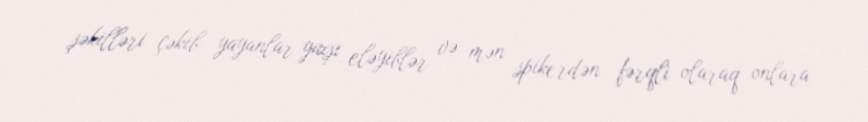
şəkilləri çəkib yayanlar yaxşı eləyiblər və mən spikerdən fərqli olaraq onlara